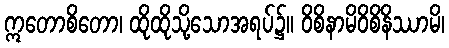
ဣတောစိတော၊ ထိုထိုသို့သောအရပ်၌။ ဝိစိနာမိဝိစိနိဿာမိ၊